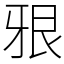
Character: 㸧